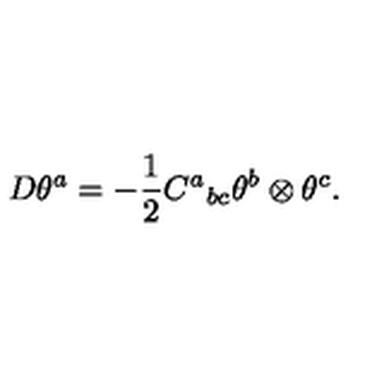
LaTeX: D \theta ^ { a } = - { \frac { 1 } { 2 } } C ^ { a } { } _ { b c } \theta ^ { b } \otimes \theta ^ { c } .